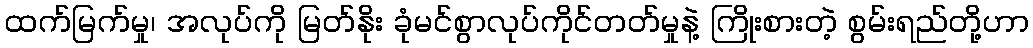
ထက်မြက်မှု၊ အလုပ်ကို မြတ်နိုး ခုံမင်စွာလုပ်ကိုင်တတ်မှုနဲ့ ကြိုးစားတဲ့ စွမ်းရည်တို့ဟာ